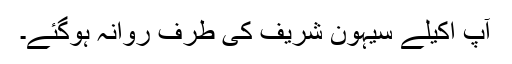
آپ اکیلے سیہون شریف کی طرف روانہ ہوگئے۔